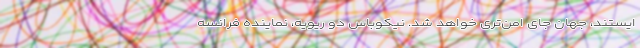
ایستند، جهان جای امن‌تری خواهد شد. نیکوباس دو ریویه، نماینده فرانسه